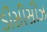
ડીસીસીઝ